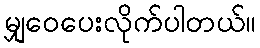
မျှဝေပေးလိုက်ပါတယ်။